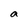
Character: a